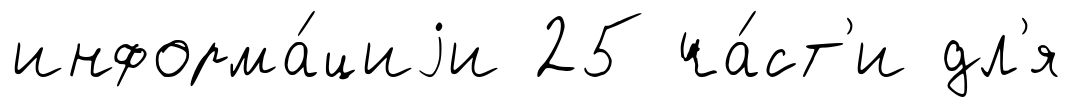
информа́циjи 25 ча́ст'и дл'я